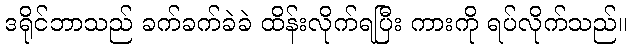
ဒရိုင်ဘာသည် ခက်ခက်ခဲခဲ ထိန်းလိုက်ရပြီး ကားကို ရပ်လိုက်သည်။